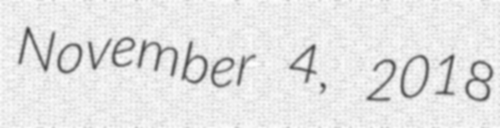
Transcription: November 4, 2018